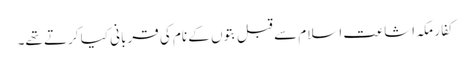
کفارِ مکہ اشاعت اسلام سے قبل بتوں کے نام کی قربانی کیا کرتے تھے۔